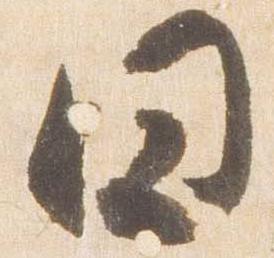
円